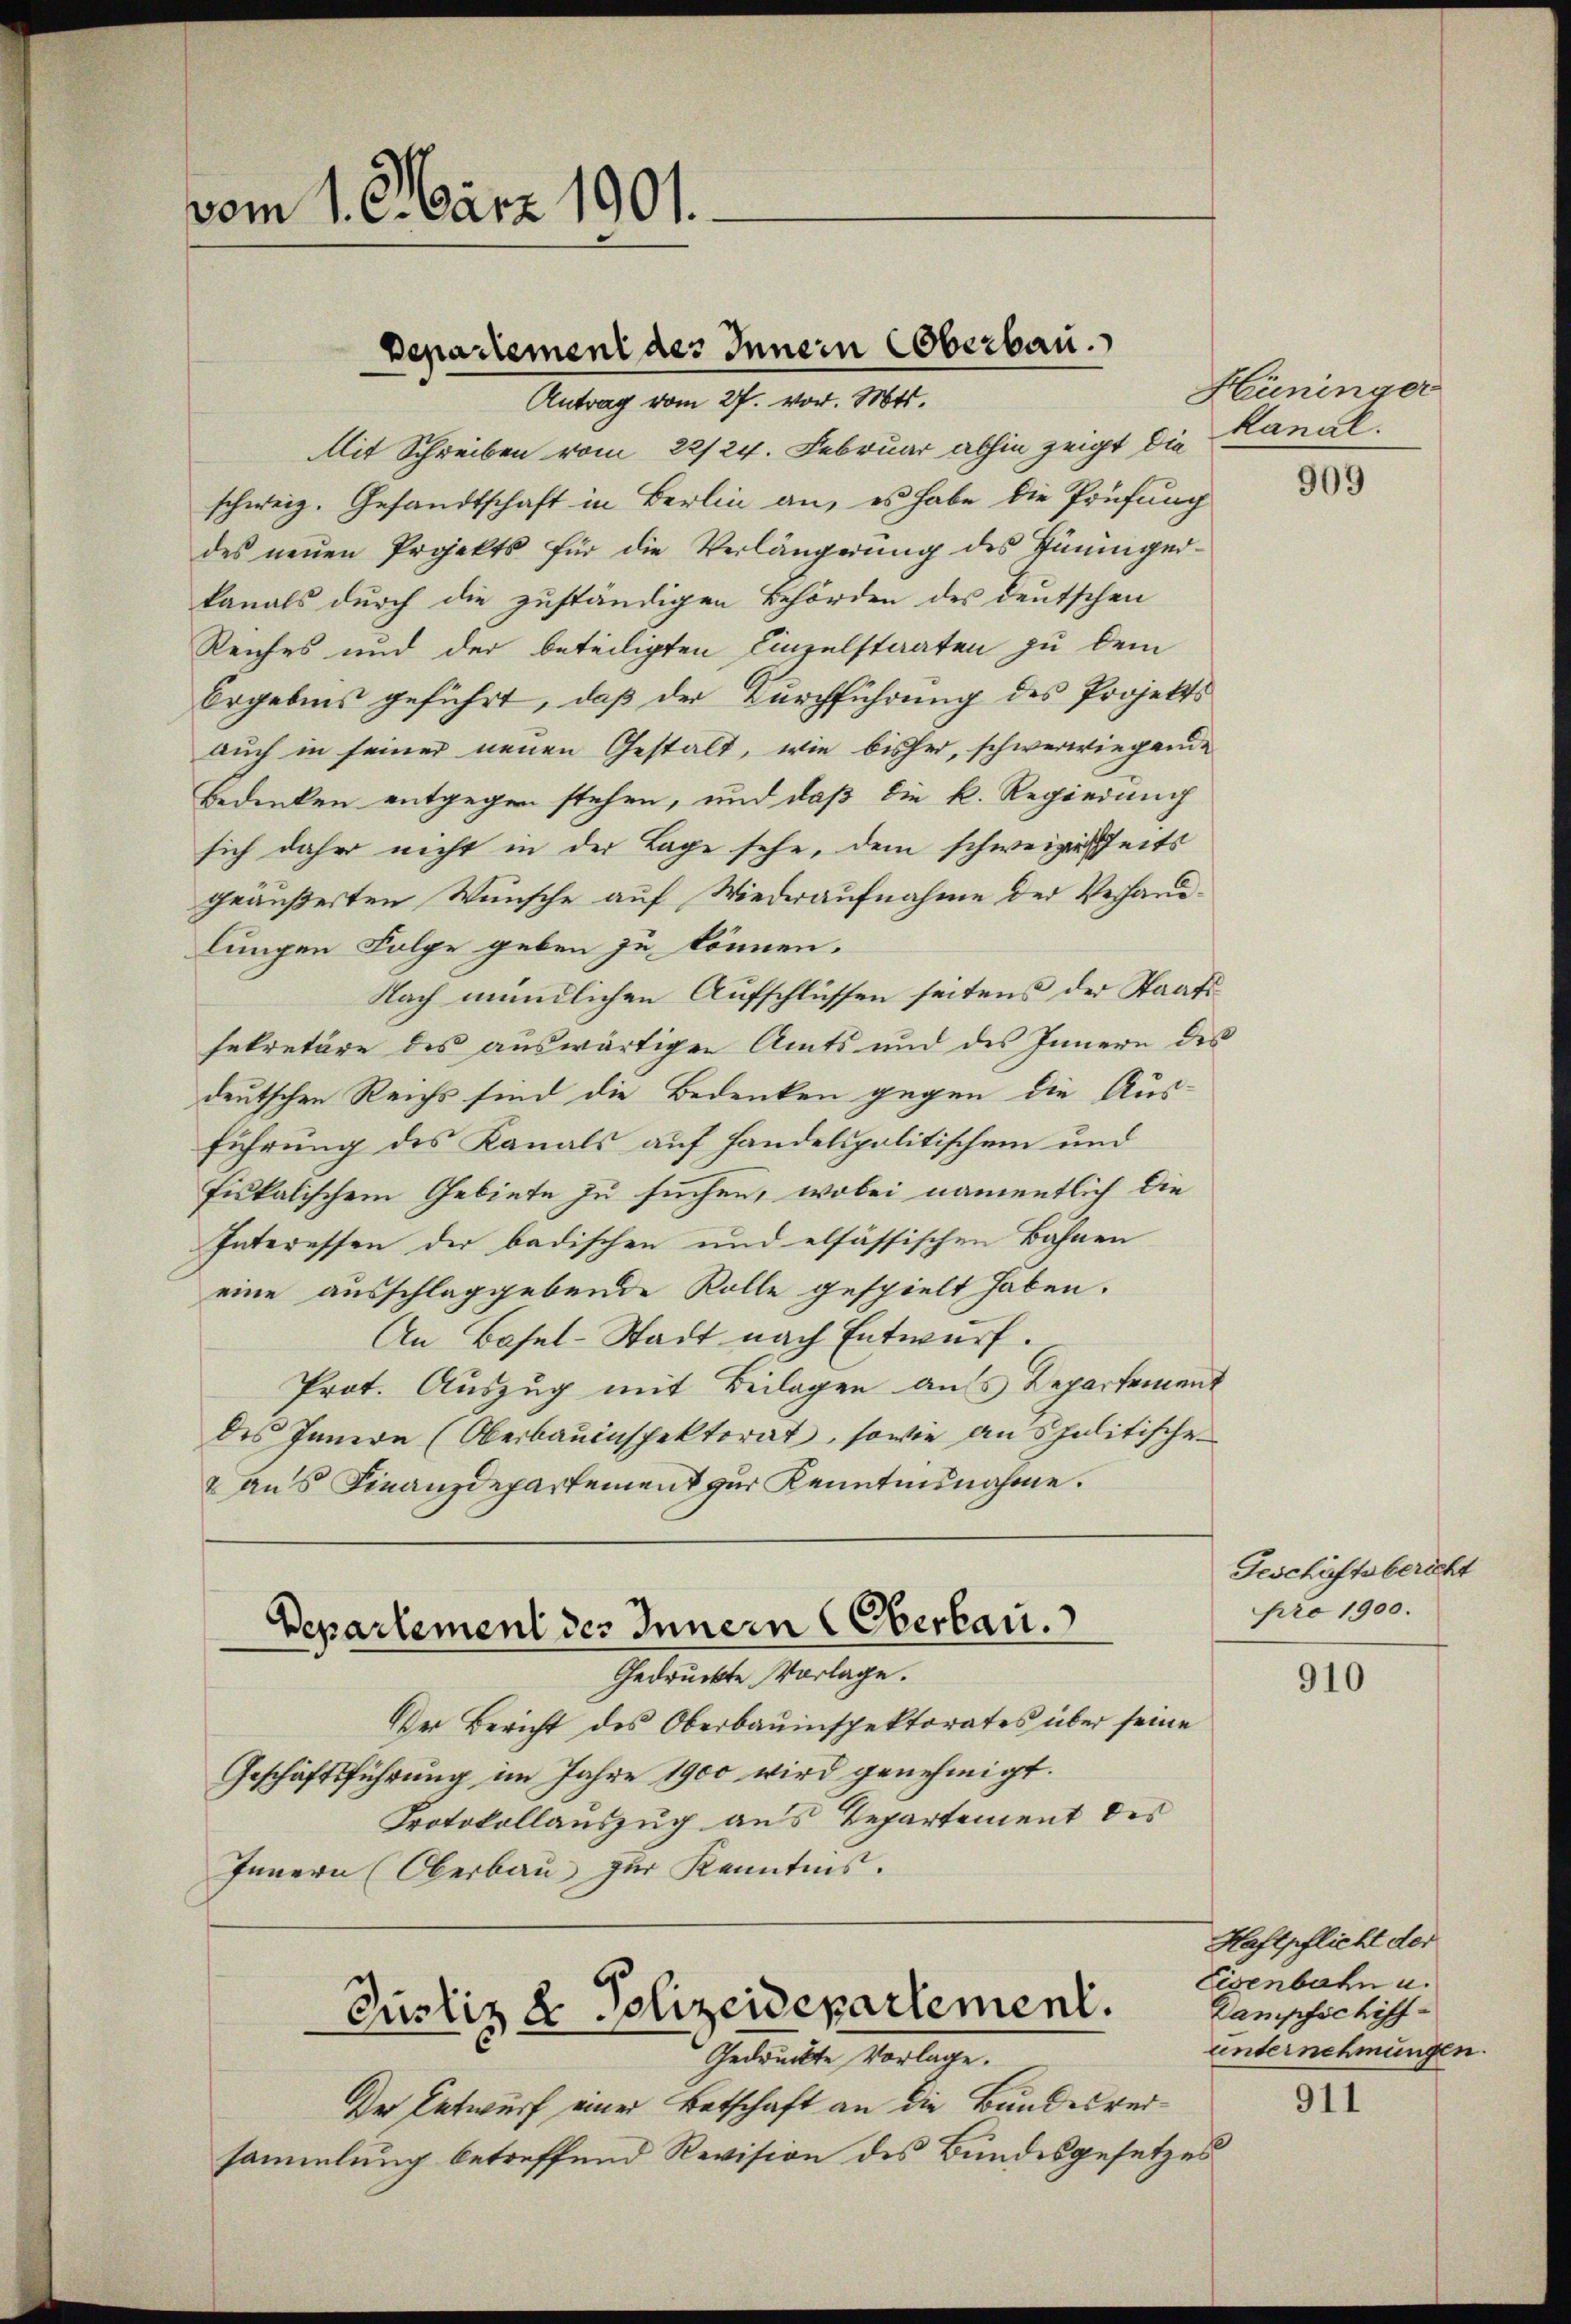
vom 1. März 1901.

Departement des Innern Oberbau
Antrag vom 27. vor. Mts.

Mit Schreiben vom 22/24. Februar abhin zeigt die
schweiz. Gesandtschaft in Berlin an, es habe die Prüfung
des neŭen Projekts für die Verlängerŭng des Hüninger-
kanals durch die zuständigen Behörden des deutschen
Reiches und der beteiligten Einzelstaaten zu dem
Ergebens geführt, daß der Durchführung des Projekts
auch in seiner neuen Gestalt, wie bisher, schwerwiegende
Bedenken entgegen stehen, und daß die k. Regierung
sich daher nicht in der Lage sehe, dem schweizerisseits
geäußerten Wünsche auf Wiederaufnahme der Verhandlungen Folge geben zu können.
Nach mündlichen Aufschlüssen seitens der Staatssekretäre des auswärtigen Amts und des Innern des
deutschen Reichs sind die Bedenken gegen die Aus-
führung des Kanals auf handelspolitischen und
fiskalischem Gebiete zu suchen, wobei namentlich die
Interessen der badischen und elfässischen Bahnen
eine ausschlaggebende Rolle gespielt haben.
An Basel-Stadt nach Entwurf.
Prot. Auszug mit Beilagen aufs Departement
des Innern (Oberbauinspektorat, sowie anspolitische
2 aus Finanzdepartement zur Kenntnisnahme.

Departement des Innern Oberbar.

Gedruckte Vorlage.
Der Bericht des Oberbauinspektorates über seine
Geschäftsführung im Jahre 1900 wird genehmigt.
Protokollauszug aus Repartement des
Innern (Oberbau zur Kenntnis.

Justiz & Polizeidepartement.
Gedruckte Vorlage.

Der Entwurf einer Betschaft an die Bundesversammlung betreffend Revision des Bundesgesetzes

Hüninger
kanal.

909

Geschäftsbericht
pro 1900.

910

Haftpflicht der
Eisenbahn u.
Dampfschiffunternehmungen

911